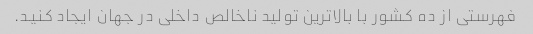
فهرستی از ده کشور با بالاترین تولید ناخالص داخلی در جهان ایجاد کنید.